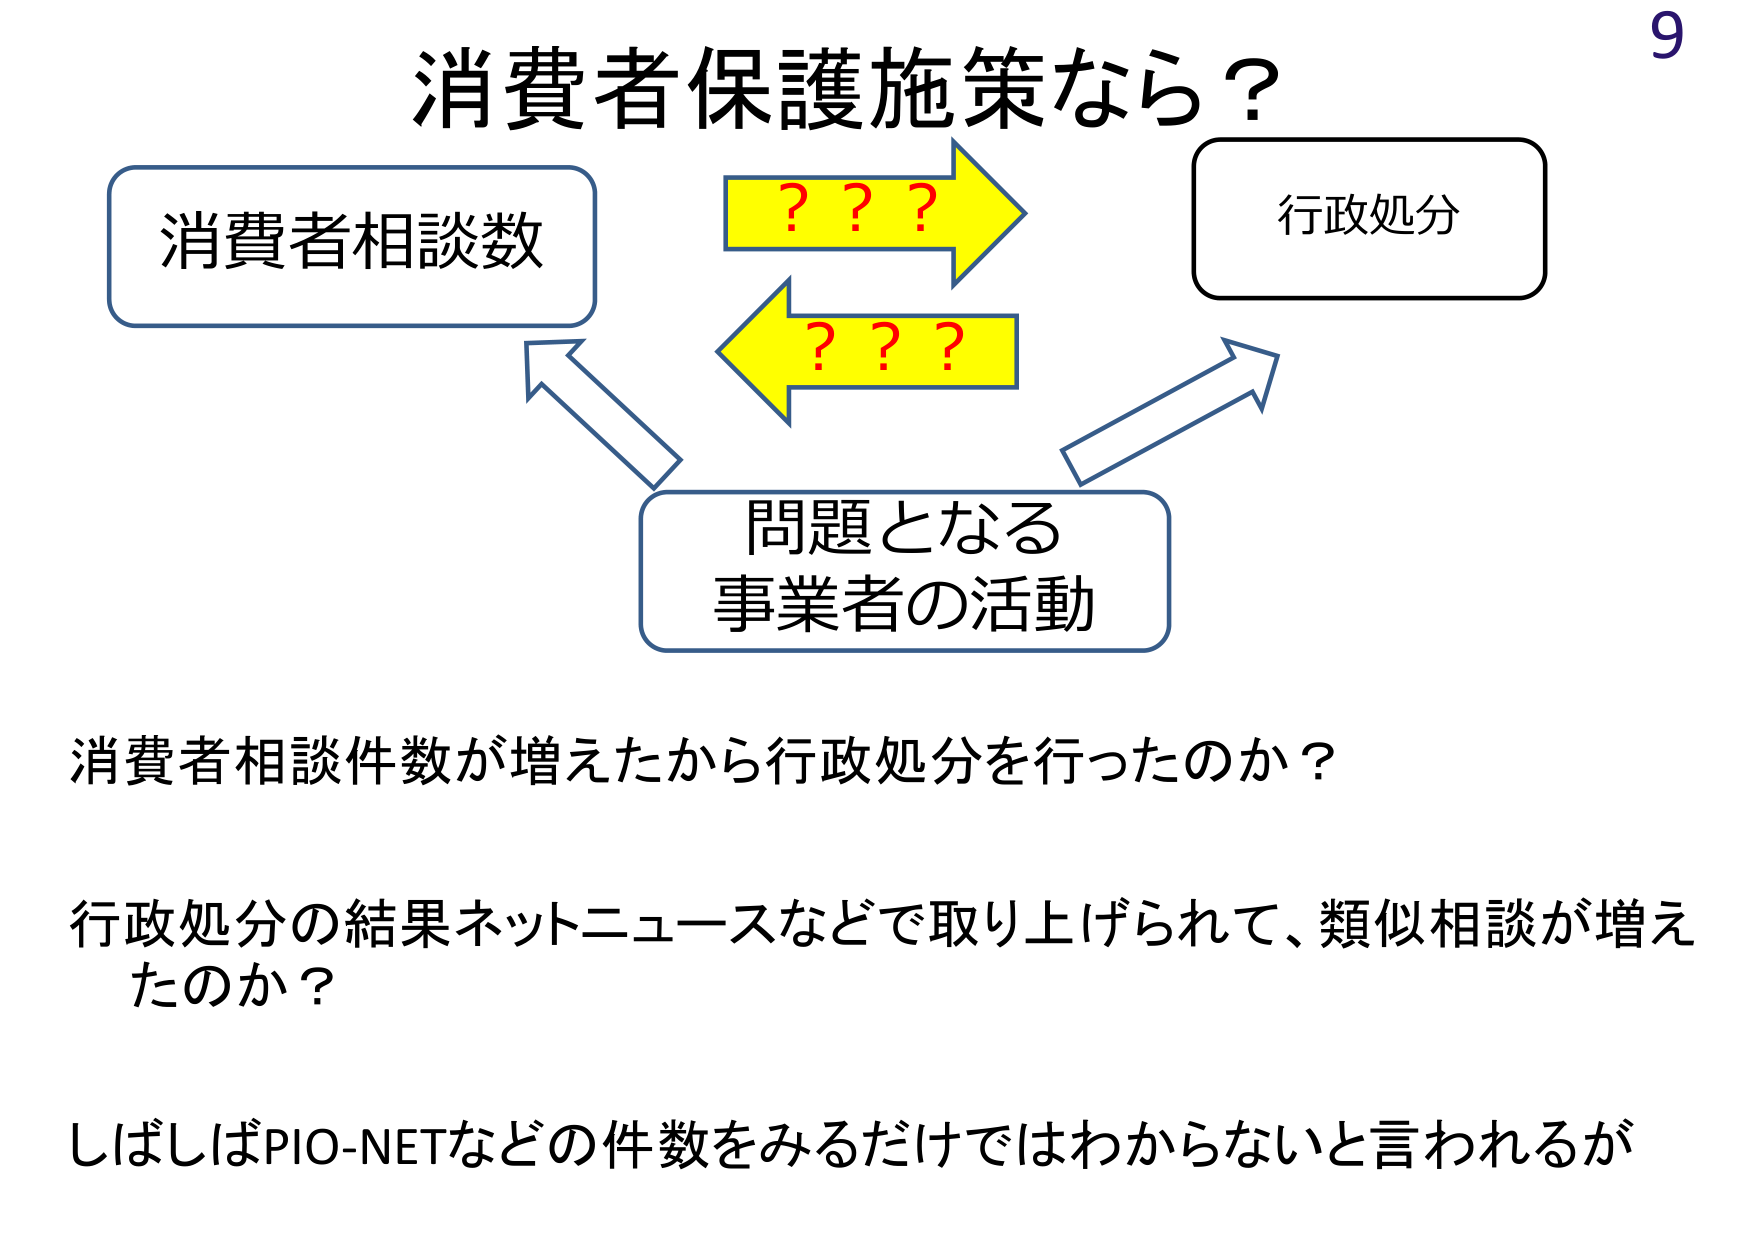
消費者保護施策なら？

消費者相談数

行政処分

問題となる
事業者の活動

???
???

消費者相談件数が増えたから行政処分を行ったのか？

行政処分の結果ネットニュースなどで取り上げられて、類似相談が増えたのか？

しばしばPIO-NETなどの件数を見るだけではわからないと言われるが

9